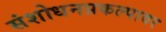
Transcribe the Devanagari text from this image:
संशोधनप्रकल्पावर